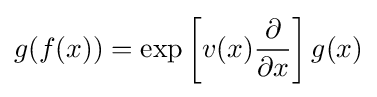
g(f(x))=\exp \left[v(x){\frac {\partial }{\partial x}}\right]g(x)